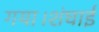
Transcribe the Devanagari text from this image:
गया।शंघाई